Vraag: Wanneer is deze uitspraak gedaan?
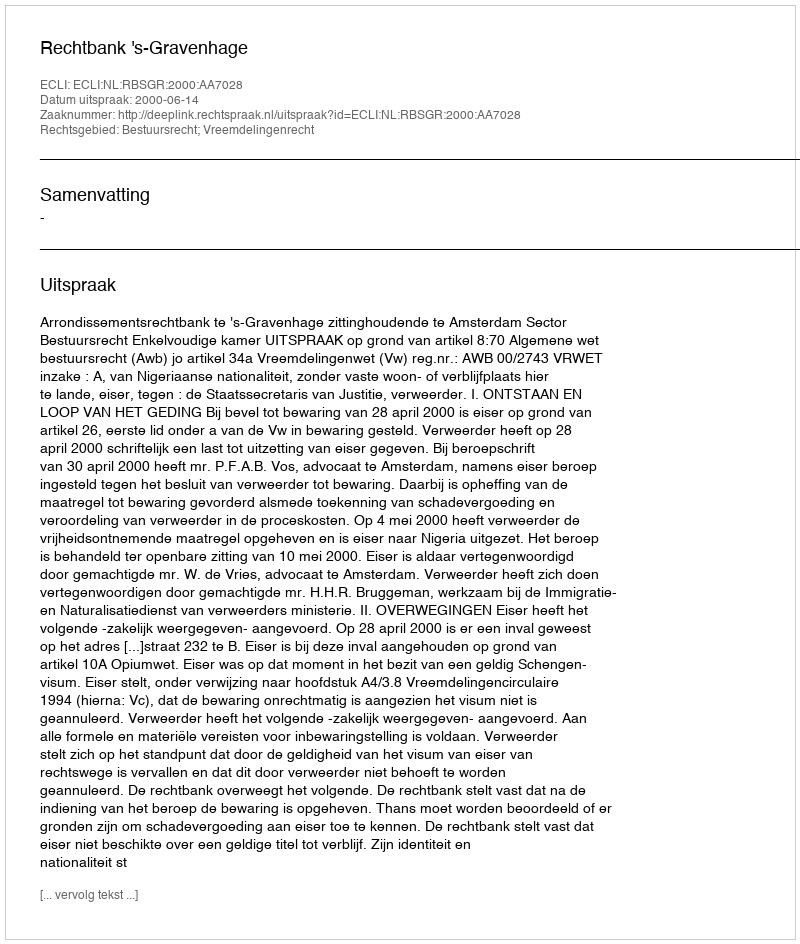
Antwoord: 2000-06-14